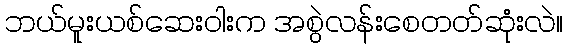
ဘယ်မူးယစ်ဆေးဝါးက အစွဲလန်းစေတတ်ဆုံးလဲ။